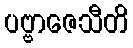
ပဗ္ဗာဇေသီတိ